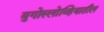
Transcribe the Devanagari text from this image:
युगोस्लोव्हियातील